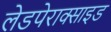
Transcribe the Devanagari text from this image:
लेडपेराक्साइड